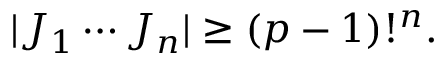
| J _ { 1 } \cdots J _ { n } | \geq ( p - 1 ) ! ^ { n } .